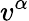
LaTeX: v^{\alpha}